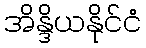
အိန္ဒိယနိုင်ငံ